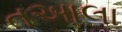
તઆલા